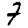
Digit: 7